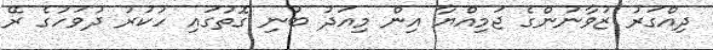
ދިއްގަރު ޒުވާނުންގެ ޖަމިއްޔާ އިން މިއަދު ބުނި ގޮތުގައި ހުކުރު ދުވަހުގެ ރޭ